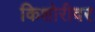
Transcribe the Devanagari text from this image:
किशोरीवर